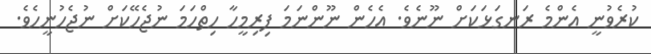
ކުރެވުނީ އެންމެ ރަނގަޅަކަށް ނޫނެވެ. އެހެން ނޫންނަމަ ފިރިމީހާ ހިތްހަމަ ނުޖެހޭކަށް ނުޖެހުނީހެވެ.